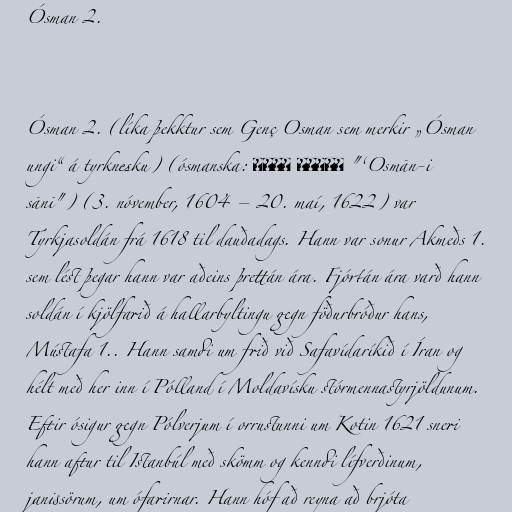
Ósman 2.

Ósman 2. (líka þekktur sem Genç Osman sem merkir „Ósman
ungi“ á tyrknesku) (ósmanska: عثمان ثانى "‘Osmān-i
sānī") (3. nóvember, 1604 – 20. maí, 1622) var
Tyrkjasoldán frá 1618 til dauðadags. Hann var sonur Akmeðs 1.
sem lést þegar hann var aðeins þrettán ára. Fjórtán ára varð hann
soldán í kjölfarið á hallarbyltingu gegn föðurbróður hans,
Mústafa 1.. Hann samdi um frið við Safavídaríkið í Íran og
hélt með her inn í Pólland í Moldavísku stórmennastyrjöldunum.
Eftir ósigur gegn Pólverjum í orrustunni um Kotin 1621 sneri
hann aftur til Istanbúl með skömm og kenndi lífverðinum,
janissörum, um ófarirnar. Hann hóf að reyna að brjóta